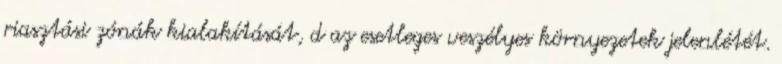
riasztási zónák kialakítását, d az esetleges veszélyes környezetek jelenlétét.